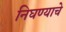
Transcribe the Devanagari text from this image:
निघण्याचे